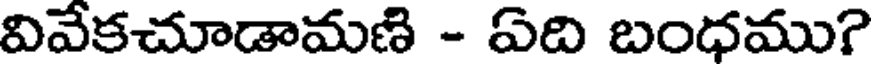
వివేకచూడామణి - ఏది బంధము?